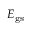
E _ { \mathrm { g s } }